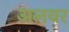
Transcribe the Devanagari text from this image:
अलबर